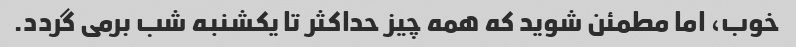
خوب، اما مطمئن شوید که همه چیز حداکثر تا یکشنبه شب برمی گردد.